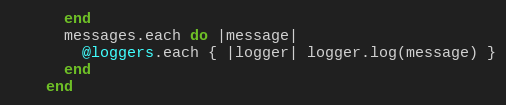
Language: Ruby
      end
      messages.each do |message|
        @loggers.each { |logger| logger.log(message) }
      end
    end